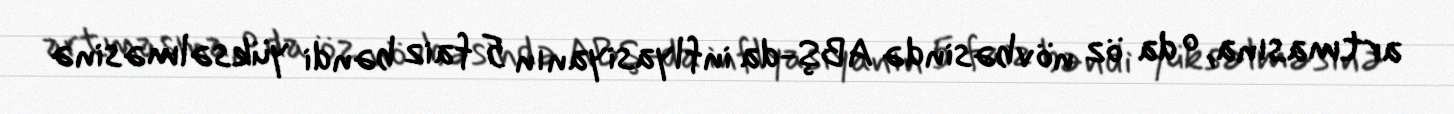
artmasına, o da öz növbəsində ABŞ-da inflyasiyanın 5 faiz bəndi yüksəlməsinə